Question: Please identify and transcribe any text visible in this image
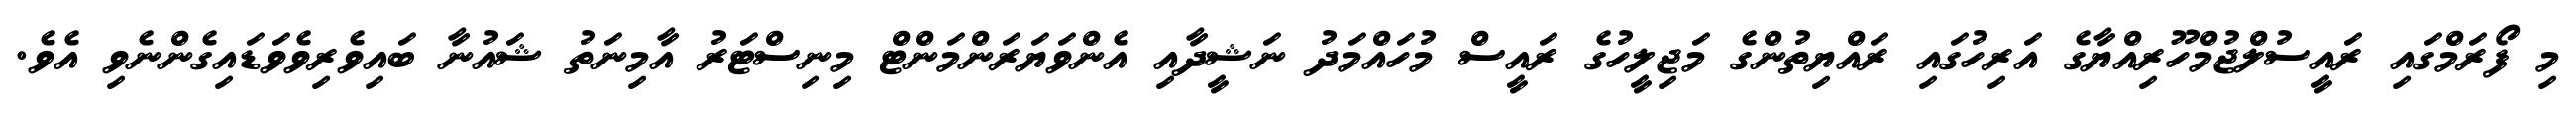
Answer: މި ފޯރަމްގައި ރައީސުލްޖުމްހޫރިއްޔާގެ އަރިހުގައި ރައްޔިތުންގެ މަޖިލީހުގެ ރައީސް މުހައްމަދު ނަޝީދާއި އެންވަޔަރަންމަންޓް މިނިސްޓަރު އާމިނަތު ޝައުނާ ބައިވެރިވެވަޑައިގެންނެވި އެވެ.